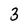
Character: 3